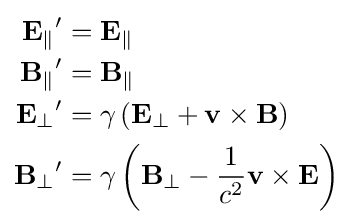
{\begin{aligned}\mathbf {E_{\parallel }} '&=\mathbf {E_{\parallel }} \\\mathbf {B_{\parallel }} '&=\mathbf {B_{\parallel }} \\\mathbf {E_{\bot }} '&=\gamma \left(\mathbf {E} _{\bot }+\mathbf {v} \times \mathbf {B} \right)\\\mathbf {B_{\bot }} '&=\gamma \left(\mathbf {B} _{\bot }-{\frac {1}{c^{2}}}\mathbf {v} \times \mathbf {E} \right)\end{aligned}}